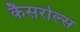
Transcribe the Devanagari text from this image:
कैसरोल्स